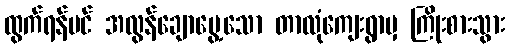
ထွက်ရန်ပင် အလွန်ချောမွေ့သော တာလုံကျေးရွာမှ ကြိုးစားသွား